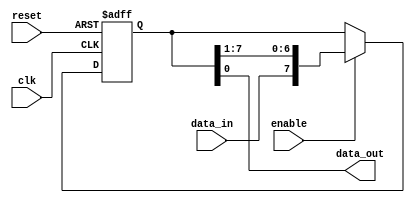
module PISO_shift_register (
  input clk, // Clock signal
  input enable, // Control signal to enable shifting operation
  input reset, // Control signal to reset register
  input data_in, // Parallel data input
  output reg data_out // Serial data output
);

reg [7:0] shift_reg;

always @(posedge clk or posedge reset) begin
  if (reset) begin
    shift_reg <= 8'h00; // Reset to initial state
  end else if (enable) begin
    shift_reg <= {data_in, shift_reg[7:1]}; // Shift data in parallel
  end
end

assign data_out = shift_reg[0]; // Serial output

endmodule